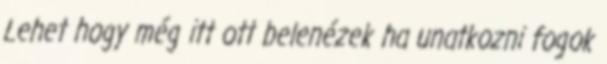
Lehet hogy még itt ott belenézek ha unatkozni fogok